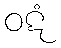
ဝဋံ